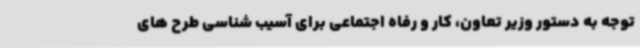
توجه به دستور وزیر تعاون، کار و رفاه اجتماعی برای آسیب شناسی طرح های